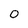
Character: 0